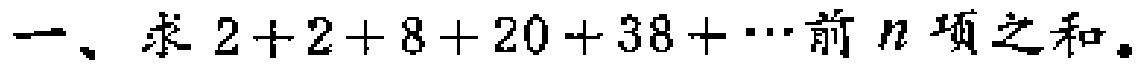
一、求\(2 + 2 + 8 + 20 + 38 + \cdots\)前\(n\)项之和。